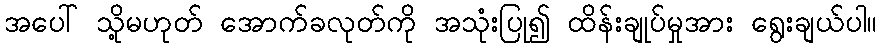
အပေါ် သို့မဟုတ် အောက်ခလုတ်ကို အသုံးပြု၍ ထိန်းချုပ်မှုအား ရွေးချယ်ပါ။